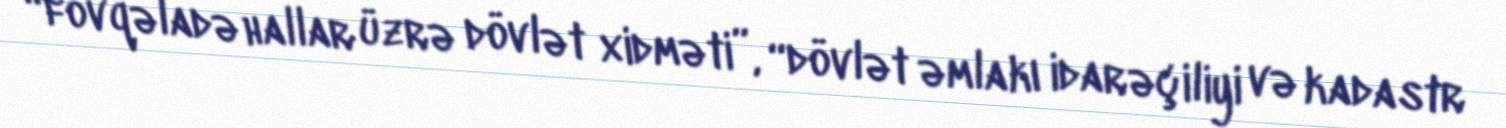
“fövqəladə hallar üzrə dövlət xidməti”, “dövlət əmlakı idarəçiliyi və kadastr